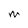
Character: M